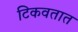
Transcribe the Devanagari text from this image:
टिकवतात